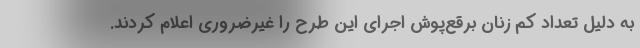
به دلیل تعداد کم زنان برقع‌پوش اجرای این طرح را غیرضروری اعلام کردند.